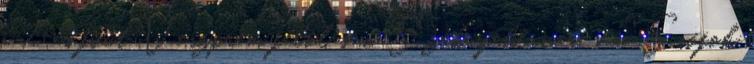
a 7-es főút Veszprém felől sem Székesfehérvár, sem Siófok